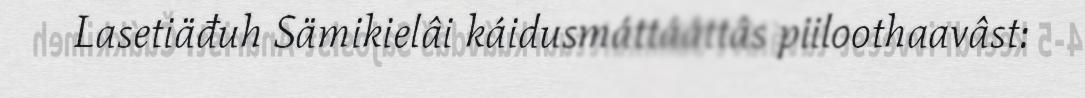
Lasetiäđuh Sämikielâi káidusmáttááttâs piiloothaavâst: